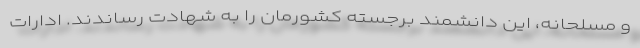
و مسلحانه، این دانشمند برجسته کشورمان را به شهادت رساندند. ادارات